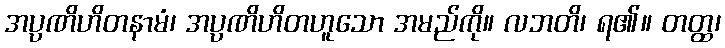
အပ္ပဏိဟိတနာမံ၊ အပ္ပဏိဟိတဟူသော အမည်ကို။ လဘတိ၊ ရ၏။ တတ္ထ၊